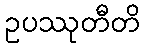
ဥပဿုတီတိ